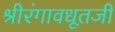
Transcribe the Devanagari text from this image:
श्रीरंगावधूतजी